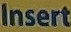
Insert